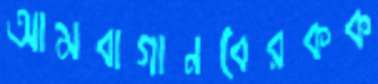
আমবাগানবেরকক